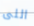
اللى